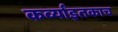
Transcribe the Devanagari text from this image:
कर्व्यांइतकाच